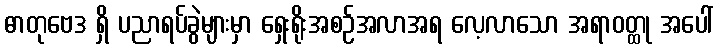
ဓာတုဗေဒ ရှိ ပညာရပ်ခွဲများမှာ ရှေးရိုးအစဉ်အလာအရ လေ့လာသော အရာဝတ္ထု အပေါ်